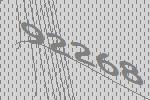
92268